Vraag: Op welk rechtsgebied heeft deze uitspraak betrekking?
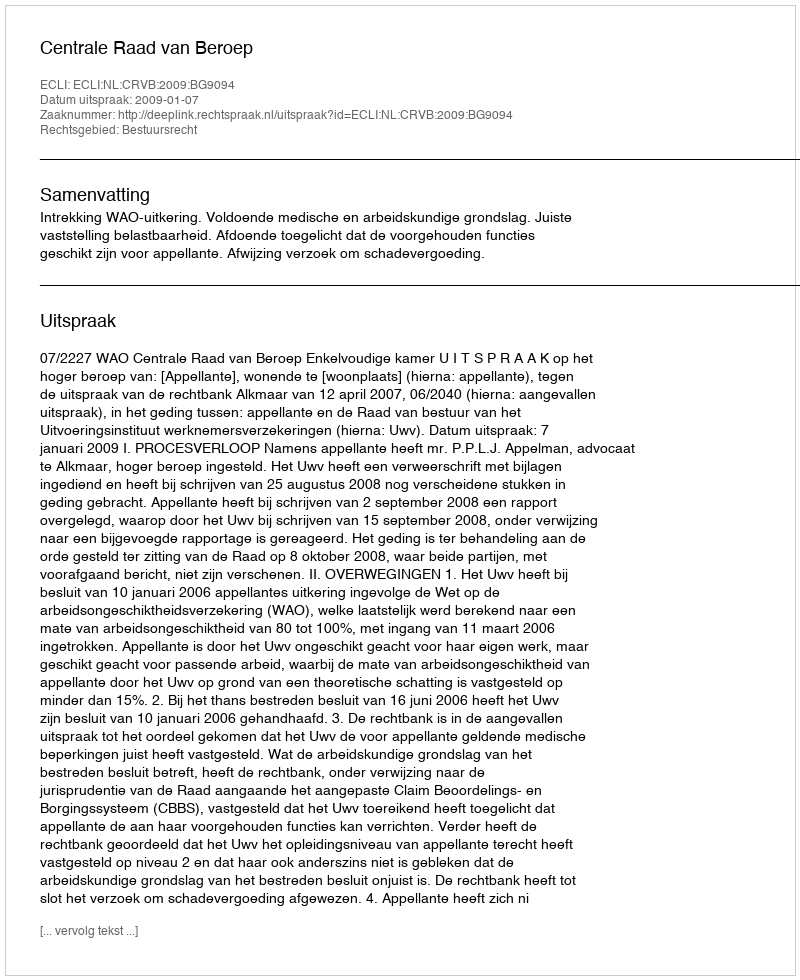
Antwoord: Bestuursrecht